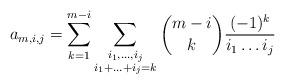
LaTeX: \begin{align*}a_{m,i,j} = \sum_{k=1}^{m-i} \sum_{\substack{i_1,\ldots,i_j \\ i_1 + \ldots + i_j = k}}\binom{m-i}{k} \frac{(-1)^k}{i_1\ldots i_j}\end{align*}